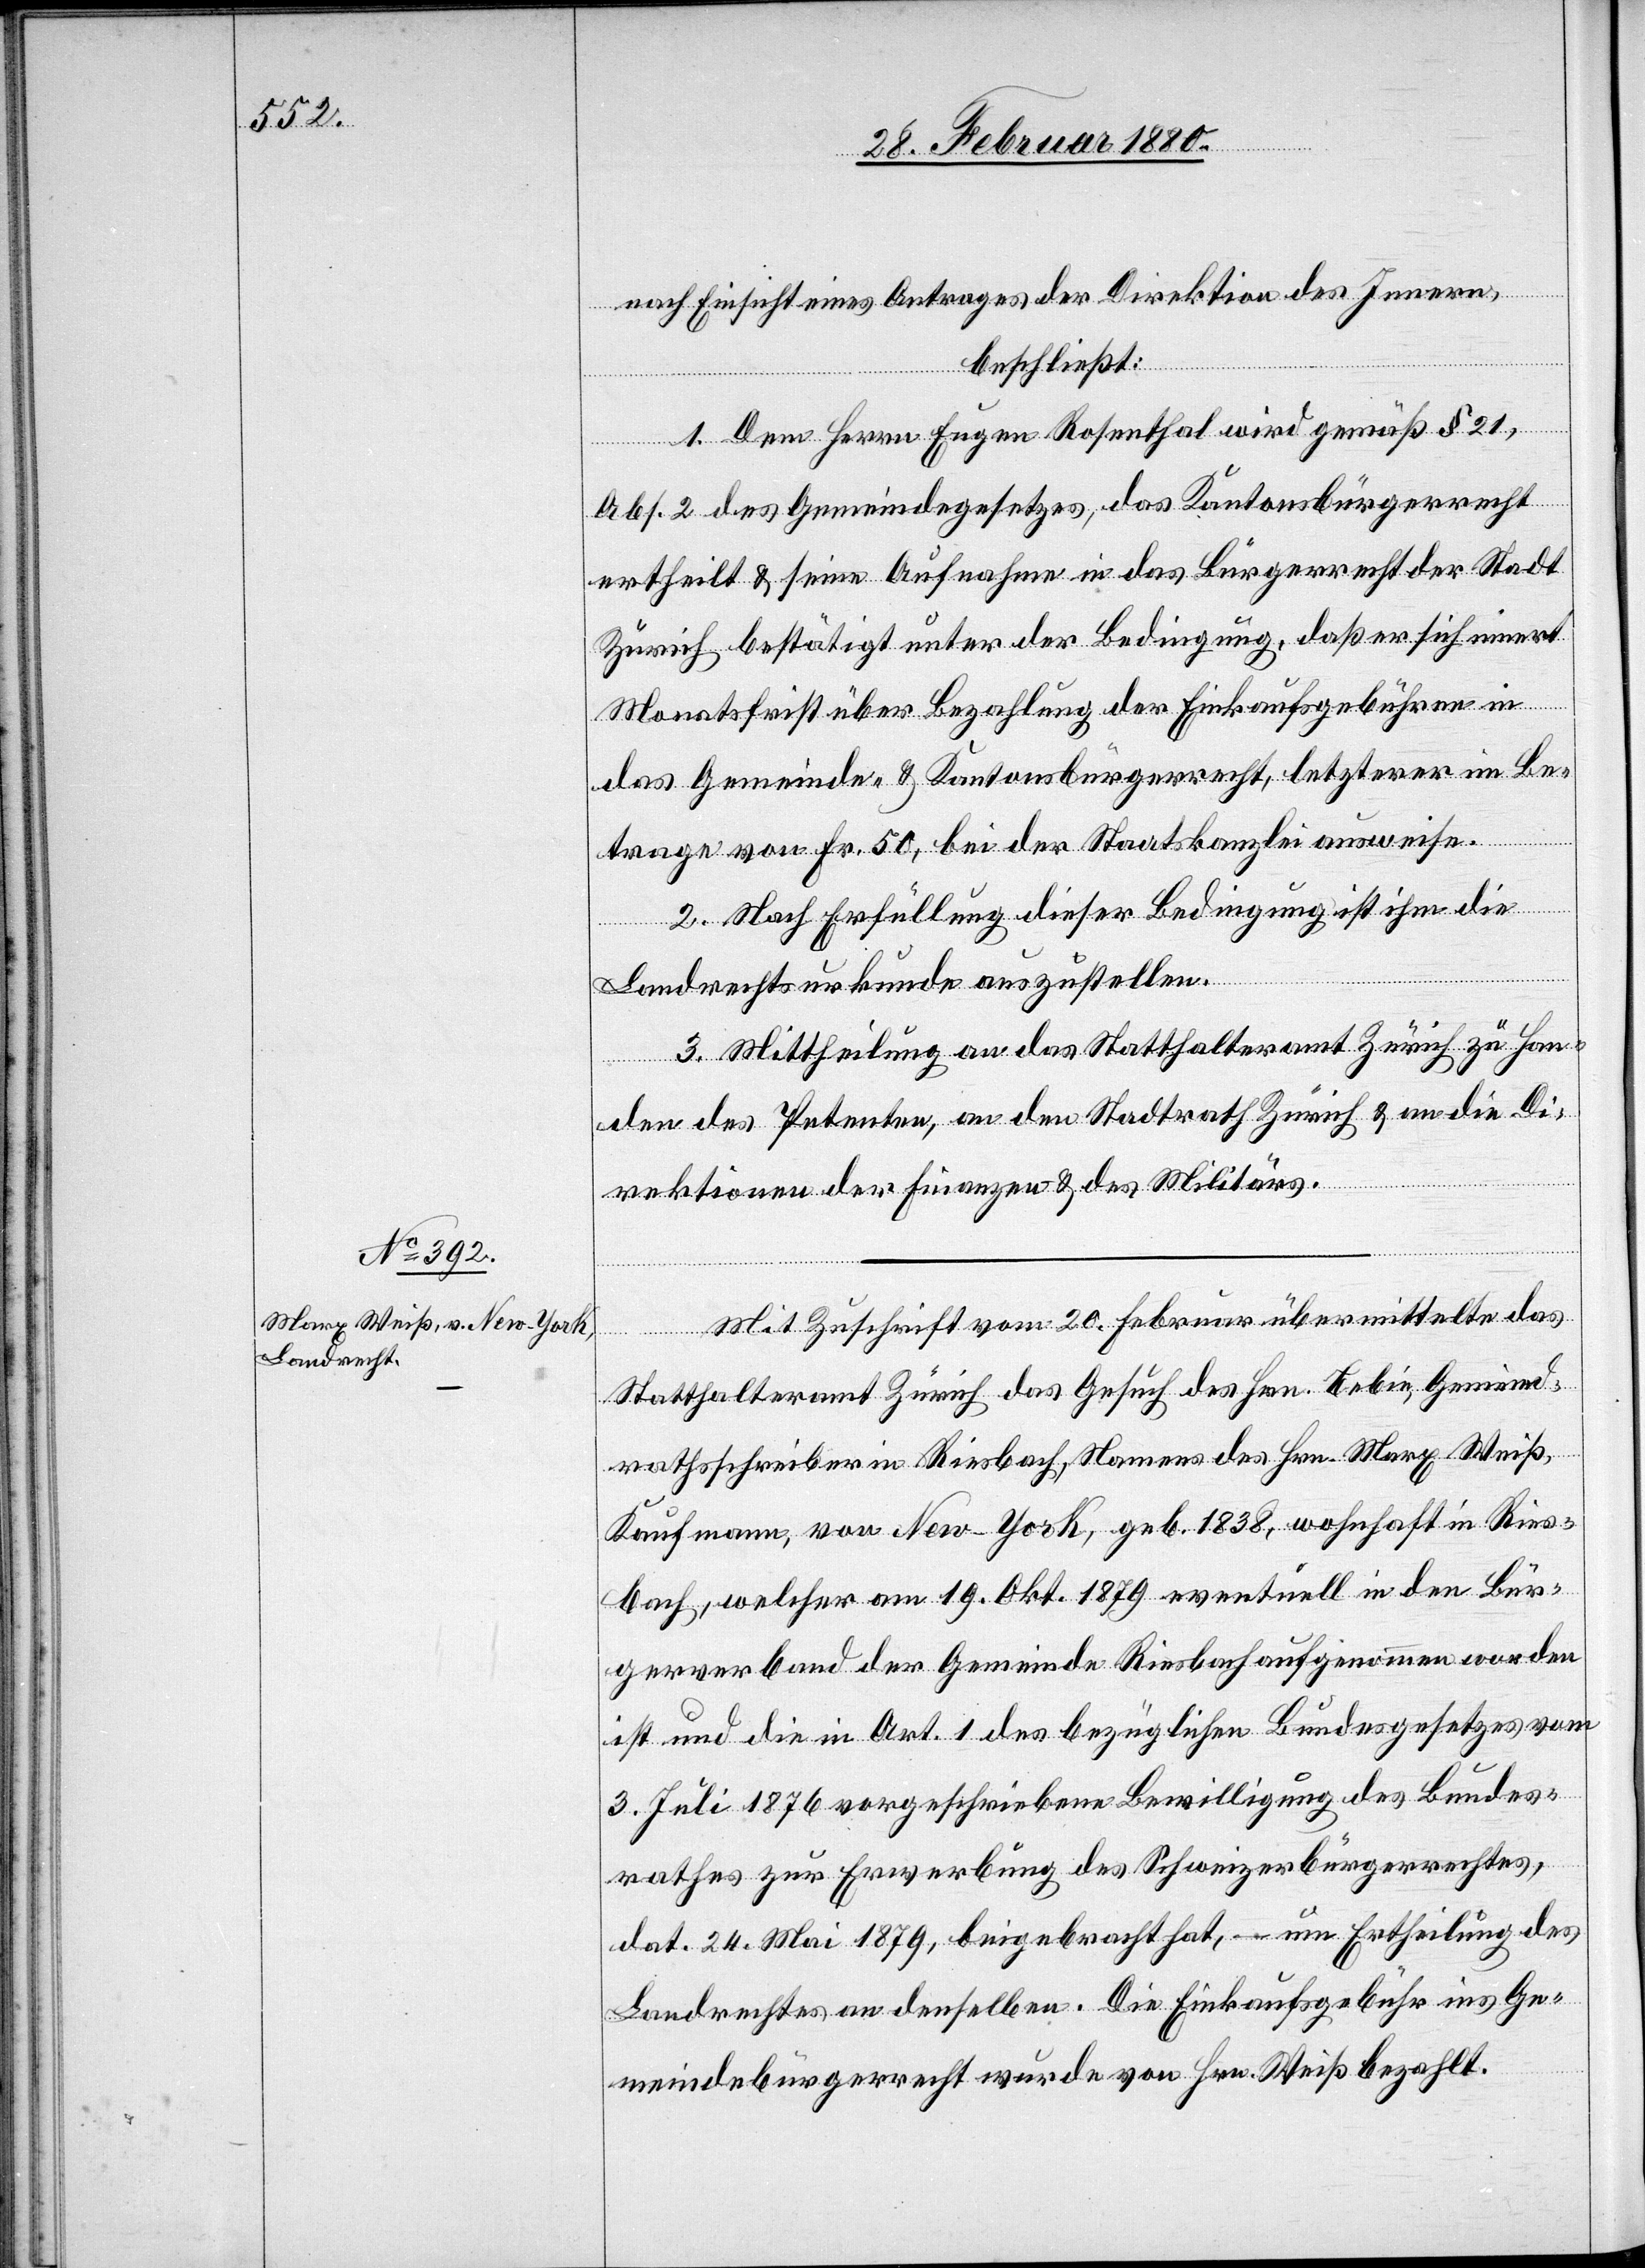
nach Einsicht eines Antrages der Direktion des Innern,
beschließt:
1. Dem Herrn Eugen Rosenthal wird gemäß § 21,
Abs. 2 des Gemeindegesetzes, das Kantonsbürgerrecht
ertheilt & seine Aufnahme in das Bürgerrecht der Stadt
Zürich bestätigt unter der Bedingung, daß er sich innert
Monatsfrist über Bezahlung der Einkaufsgebühren in
das Gemeinde- & Kantonsbürgerrecht, letzterer im Be¬
trage von Fr. 50, bei der Staatskanzlei ausweise.
2. Nach Erfüllung dieser Bedingung ist ihm die
Landrechtsurkunde auszustellen.
3. Mittheilung an das Statthalteramt Zürich zu Han¬
den des Petenten, an den Stadtrath Zürich & an die Di¬
rektionen der Finanzen & des Militärs.
Mit Zuschrift vom 20. Februar übermittelte das
Statthalteramt Zürich das Gesuch des Hrn. Bebin, Gemeind¬
rathsschreiber in Riesbach, Namens des Hrn. Marx Weiß,
Kaufmann, von New-York, geb. 1838, wohnhaft in Ries¬
bach, welcher am 19. Okt 1879 eventuell in den Bür¬
gerverband der Gemeinde Riesbach aufgenommen worden
ist und die in Art. 1 des bezüglichen Bundesgesetzes vom
3. Juli 1876 vorgeschriebene Bewilligung des Bundes¬
rathes zur Erwerbung des Schweizerbürgerrechtes,
dat. 24. Mai 1879, beigebracht hat, – um Ertheilung des
Landrechtes an denselben. Die Einkaufsgebühr ins Ge¬
meindebürgerrecht wurde von Hrn. Weiß bezahlt.